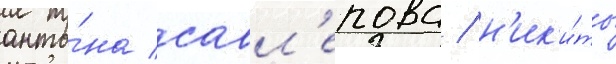
анто́на савл'епова / н'ик'и́ты